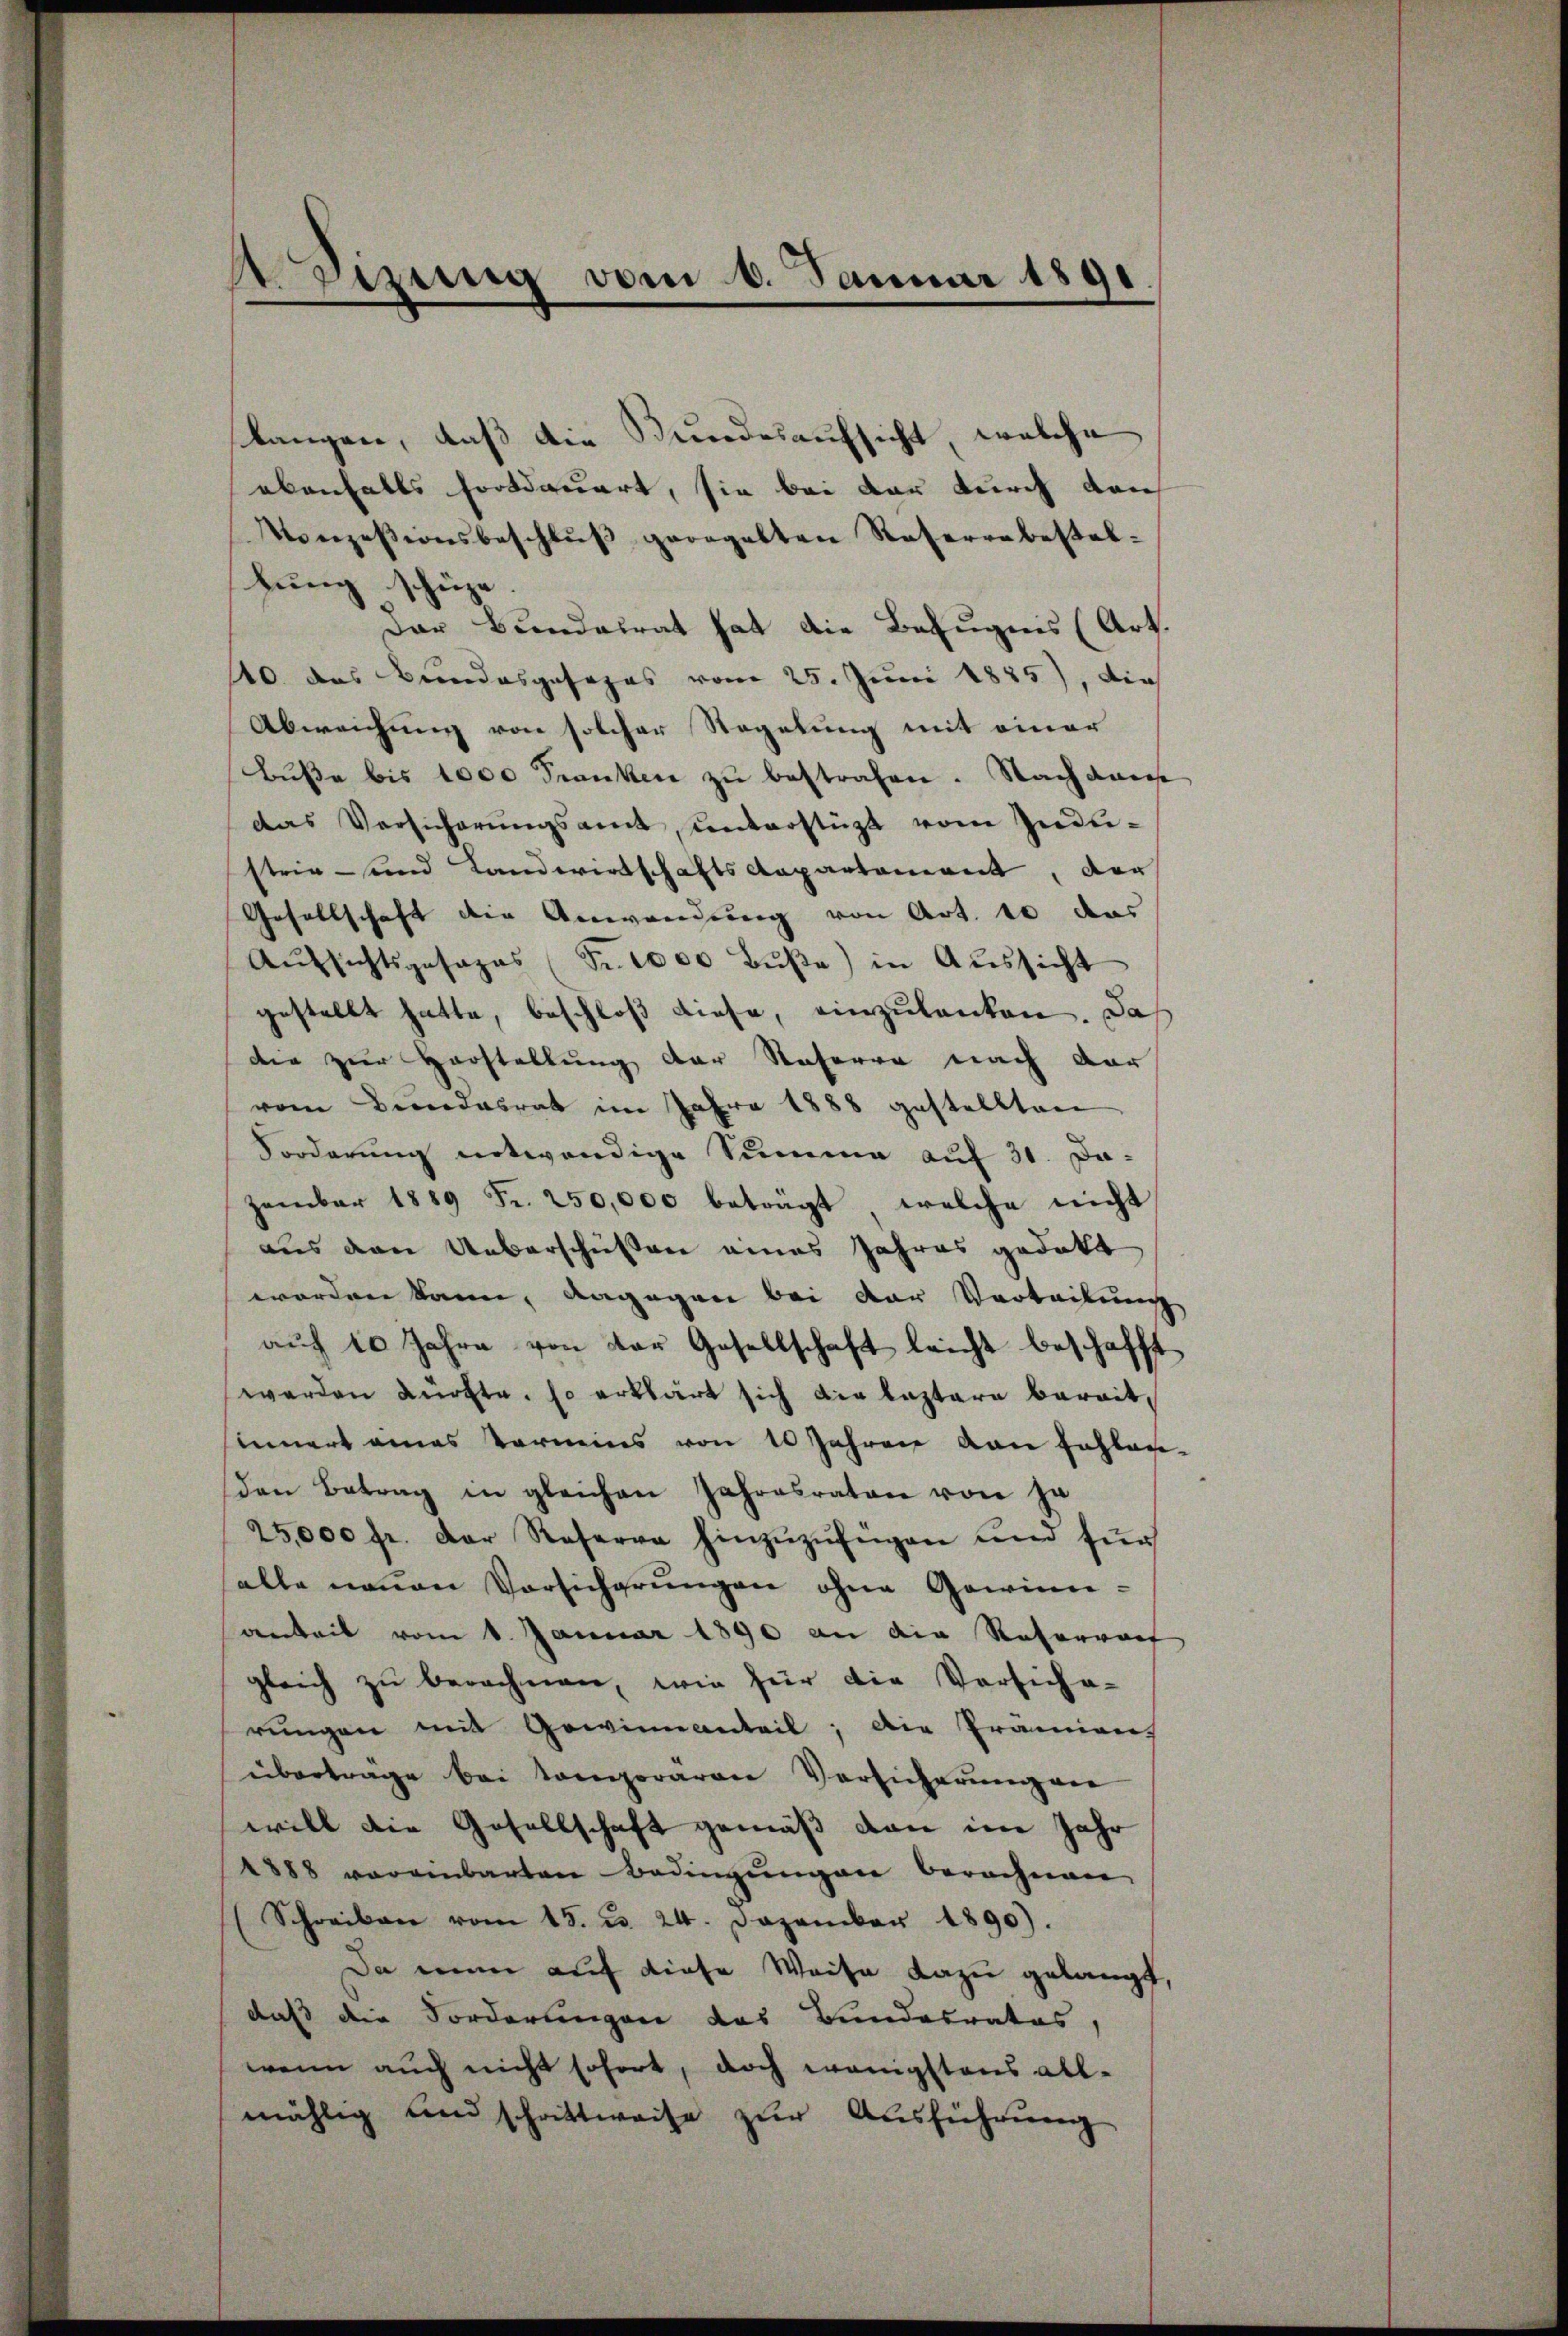
ASizung vom 6. Januar 1891.

langen, daß die Bundesaufsicht, welche
ebenfalls fortdauert, sie bei der durch den
Konzesionsbeschlŭβ geregelten Raserrabestal-
hŭng schüze.
Dar Bundesrat hat die Befugnis (Art.
110 das Bundesgesezes vom 25. Juni 1885), die
Abweichung von solcher Regelung mit einer
Buße bis 1000 Franken zu bestrafen. Nach dem
das Versicherŭngsamt ŭnterstützt vom Indu-
strie - und Landwirtschafts Repartement, der
Gesellschaft die Anwendung von Art. 10 das
Aŭfsichtsgesages (Fr. 1000 Bŭβe) in Aŭssicht
gestellt hatte, beschloß diese, einzulanten. Das
die zur Horstellung der Soferre nach dar
vom Bundesrat im Jahre 1888 gestellten
Forderung notwendige Summe auf 31. Dazember 1889 Fr. 250,000 beträgt, welche nicht
aus den Ueberschüssen eines Jahres gedakt
worden kann, dagegen bei der Vorteilung
aŭf 10 Jahre von der Gesellschaft leicht beschafft
werden dürfte, so erklärt sich der leztere bereitsinnert eines Vermins von 10 Jahren von Fehlen-
den Betrag in gleichen Jahresraten von ja
25,000 fr. der Reserva hinzŭzŭngen und für
salle neuen Vorsicherŭngen ohne Gewinnearkeit vom 1. Januar 1890 an die Reterworf
gleich zu berechnen, wie für die Versiche-
rŭngen mit Gewinnanteil; die Prämien
übertrage bei tonoraren Vorsicherung ver
will die Gesellschaft gemäß von im Jahr
1888 voreinbarten Bedingungen berechnen,
(Schreiben vom 15. d. 24. Dezember 1890).
Da man auf diese Weise dazu gelangt,
daß die Forderungen das Bundesrates,
wenn auch nicht sofort, doch wenigstens all-
mählig und schrittweise zŭr Aŭsführŭng